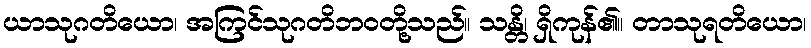
ယာသုဂတိယော၊ အကြင်သုဂတိဘဝတို့သည်။ သန္တိ၊ ရှိကုန်၏။ တာသုရတိယော၊